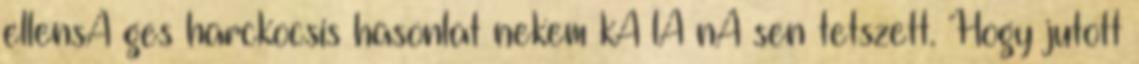
ellensÃ ges harckocsis hasonlat nekem kÃ¼lÃ¶nÃ¶sen tetszett. Hogy jutott